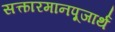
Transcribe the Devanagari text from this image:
सत्कारमानपूजार्थं